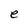
Character: e